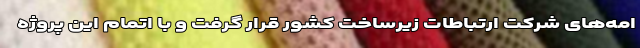
امه‌های شرکت ارتباطات زیرساخت کشور قرار گرفت و با اتمام این پروژه